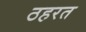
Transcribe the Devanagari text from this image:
ठहरत